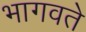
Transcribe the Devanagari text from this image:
भागवते